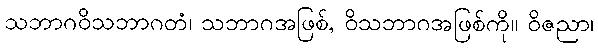
သဘာဂဝိသဘာဂတံ၊ သဘာဂအဖြစ်, ဝိသဘာဂအဖြစ်ကို။ ဝိဇညာ၊